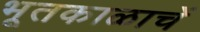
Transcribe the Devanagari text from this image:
भूतकाळाचें